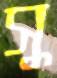
সু